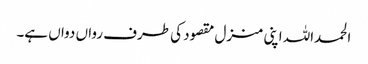
الحمداللہ اپنی منزل مقصود کی طرف رواں دواں ہے۔